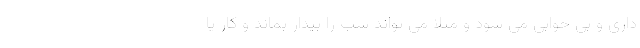
داری و بی خوابی می شود و مثلا می تواند شب را بیدار بماند و کار یا